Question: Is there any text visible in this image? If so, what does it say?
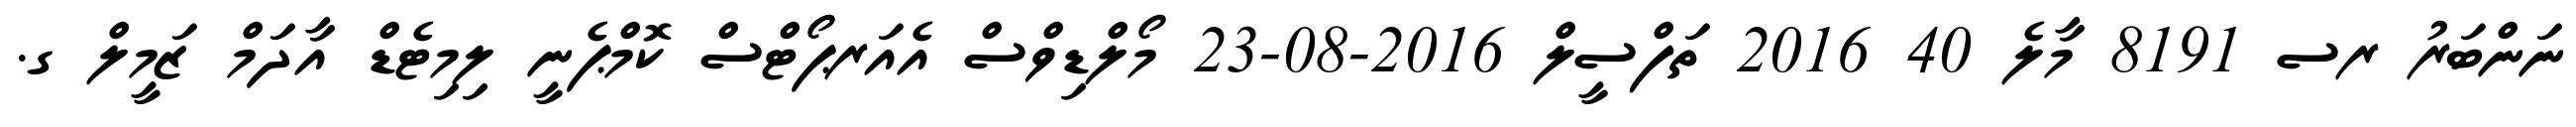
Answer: ނަންބަރު ރސ 8191 މާލެ 40 2016 ތަފްސީލް 2016-08-23 މޯލްޑިވްސް އެއަރޕޯޓްސް ކޮމްޕެނީ ލިމިޓެޑް އާދަމް ޒަމީލް ގ.